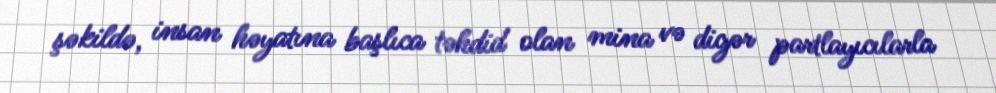
şəkildə, insan həyatına başlıca təhdid olan mina və digər partlayıcılarla